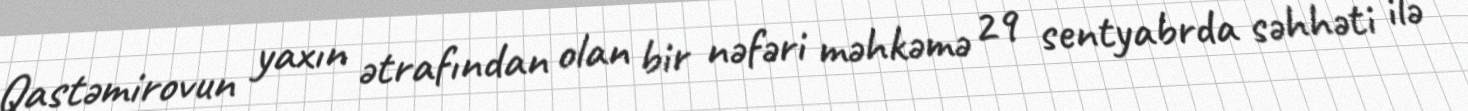
Qastəmirovun yaxın ətrafından olan bir nəfəri məhkəmə 29 sentyabrda səhhəti ilə